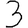
Digit: 3